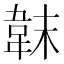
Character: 韎